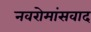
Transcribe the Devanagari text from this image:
नवरोमांसवाद